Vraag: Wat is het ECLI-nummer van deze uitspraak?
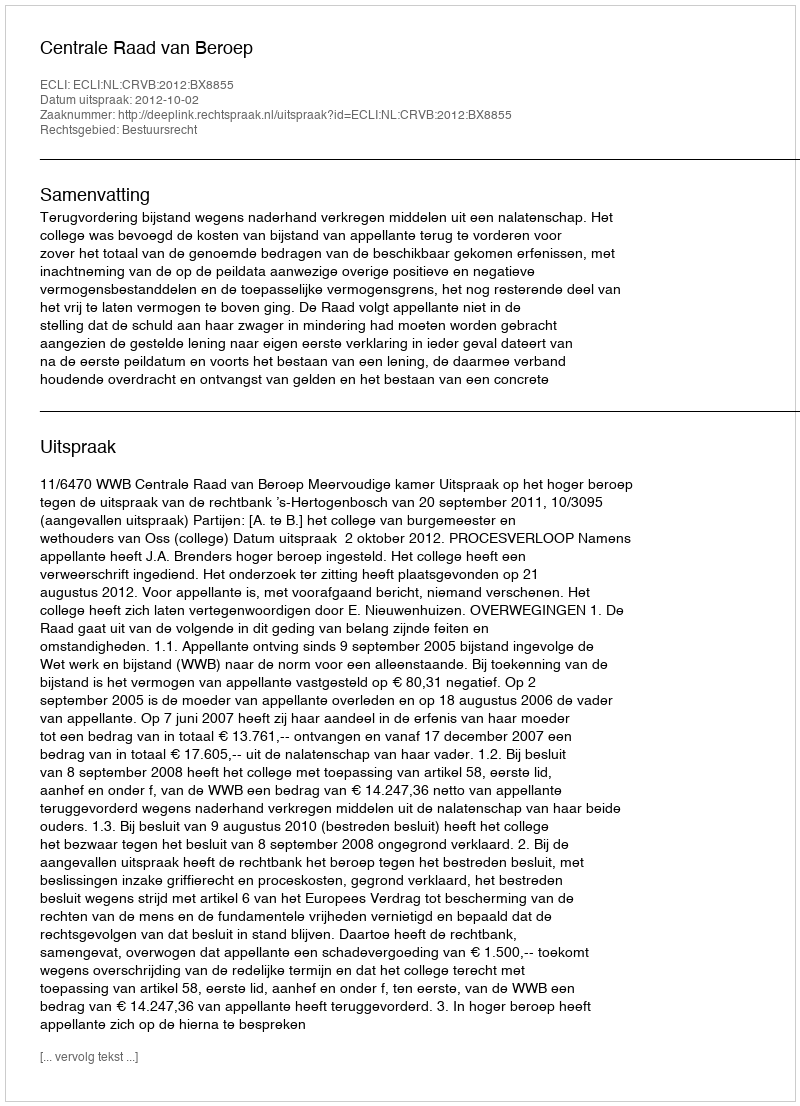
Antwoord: ECLI:NL:CRVB:2012:BX8855